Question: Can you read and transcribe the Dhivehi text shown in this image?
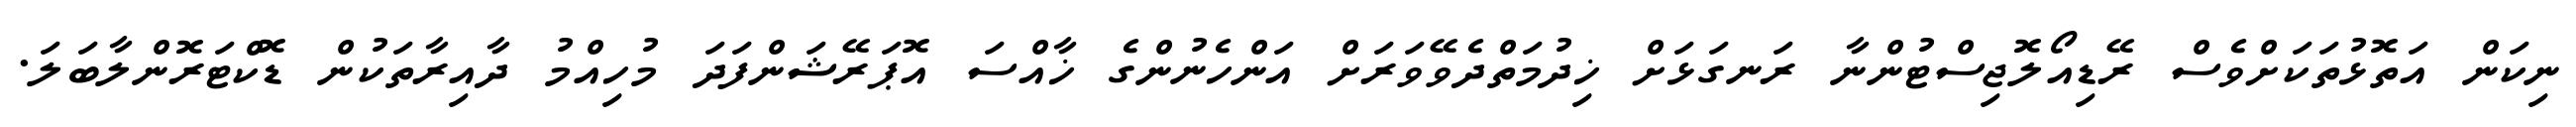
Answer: ނިކަން އަތޮޅުތަކަށްވެސް ރޭޑިއޯލޮޖިސްޓުންނާ ރަނގަޅަށް ޚިދުމަތްދެވޭވަރަށް އަންހެނުންގެ ޚާއްސަ އޮޕަރޭޝަންފަދަ މުހިއްމު ދާއިރާތަކުން ޑޮކްޓަރޮންލާބަލަ.